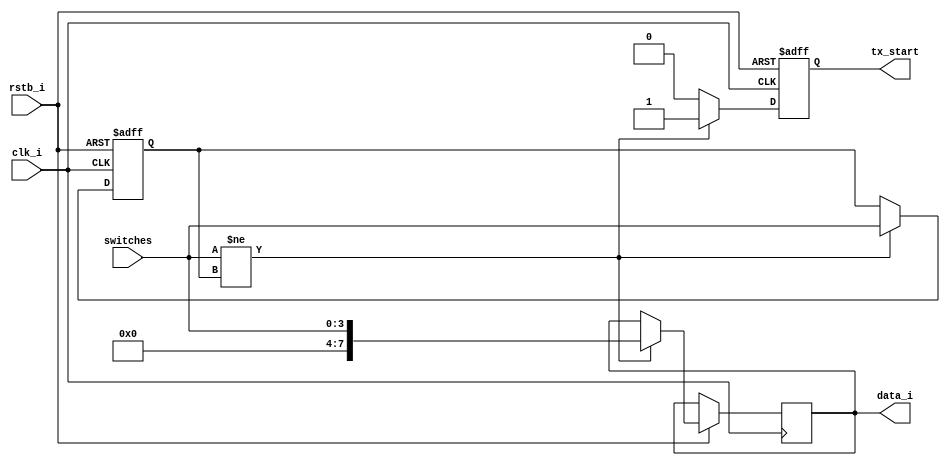
`timescale 1ns / 1ps
//////////////////////////////////////////////////////////////////////////////////
// Company: 
// Engineer: 
// 
// Design Name: 
// Module Name: UART_SwitchMonitor
//////////////////////////////////////////////////////////////////////////////////

module UART_SwitchMonitor(
    input clk_i,
    input rstb_i,
    input [3:0] switches,
    
    output reg [7:0] data_i,
    output reg tx_start
    );
   
    reg [3:0] switches_prev;
    
    always @(posedge clk_i, negedge rstb_i) begin
         if (!rstb_i) begin   
            switches_prev <= 0;
            tx_start <= 0;
         end else if (switches != switches_prev ) begin
            tx_start <= 1;
            switches_prev <= switches;
            data_i <= switches;
         end else
            tx_start <= 0;
    end
endmodule